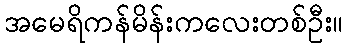
အမေရိကန်မိန်းကလေးတစ်ဦး။